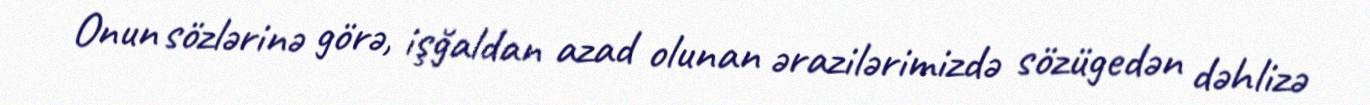
Onun sözlərinə görə, işğaldan azad olunan ərazilərimizdə sözügedən dəhlizə